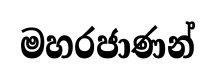
මහරජාණන්